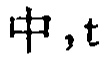
中，t